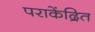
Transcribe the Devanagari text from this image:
पराकेंद्रित